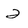
Character: 2